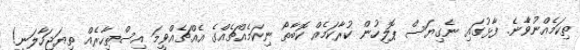
ތިކަމެއްނުވާެނެ. ފާޅުގައި ނެގިޔަސް ޕޮލިހުން ކުރާކަމެއް ކޮބާތޯ ނިކަމެއްޗެއްގެ އެއްޗެއްވީމަ އިސްތިހާރެެއް ތިޔަޖަހާލަނީ!